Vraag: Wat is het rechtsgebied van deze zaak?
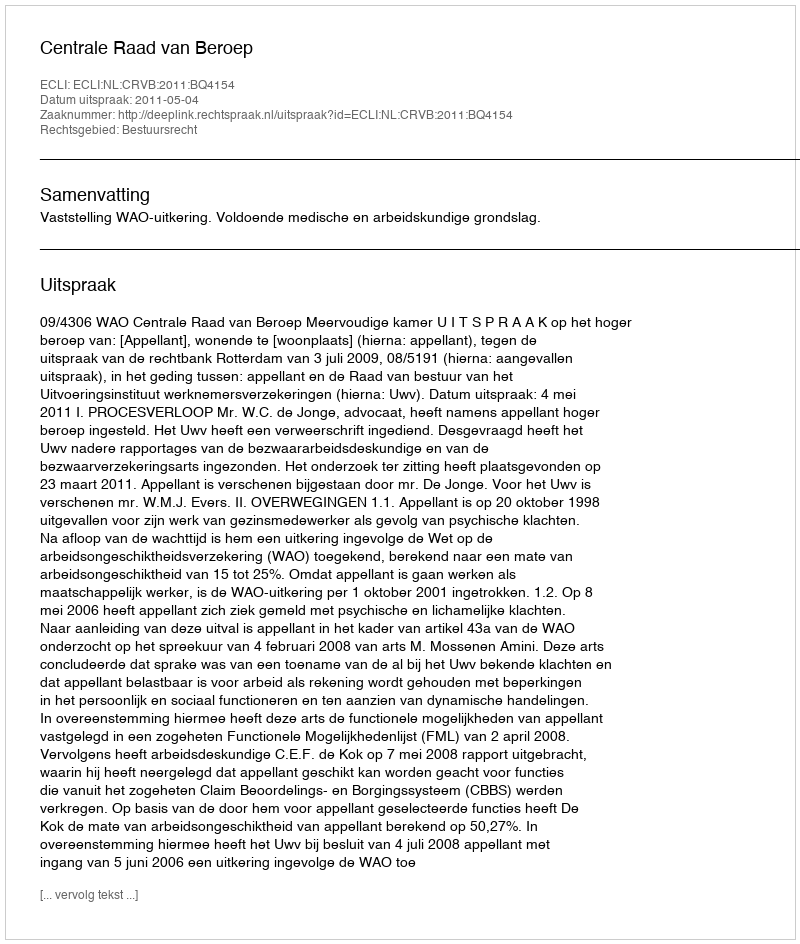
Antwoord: Bestuursrecht